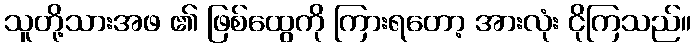
သူတို့သားအဖ ၏ ဖြစ်ထွေကို ကြားရတော့ အားလုံး ငိုကြသည်။